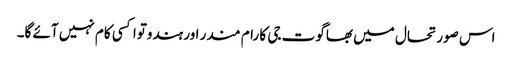
اس صورتحال میں بھاگوت جی کا رام مندر اور ہندوتوا کسی کام نہیں آئے گا۔